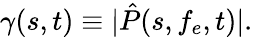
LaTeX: \gamma(s,t)\equiv|\hat{P}(s,f_{e},t)|.